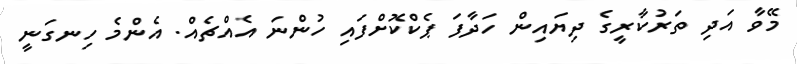
މޭވާ އަދި ތަރުކާރީގެ ދިޔައިން ހަދާފަ ޕެކްކޮށްފައި ހުންނަ އެއްޗެއް. އެންމެ ހިނގަނީ